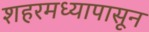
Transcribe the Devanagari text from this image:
शहरमध्यापासून